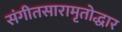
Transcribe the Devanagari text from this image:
संगीतसारामृतोद्धार